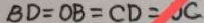
B D = O B = C D = O C